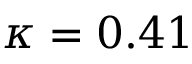
\kappa = 0 . 4 1